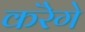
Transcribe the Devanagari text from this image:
करेॆगे